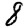
Digit: 8